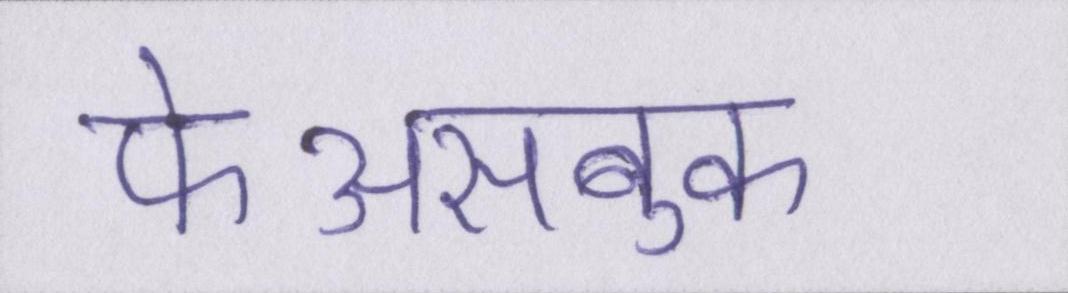
फेअसबुक